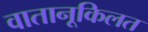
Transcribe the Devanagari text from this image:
वातानूकिलत